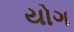
યોગ